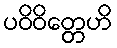
ပဝိဝိတ္တေဟိ